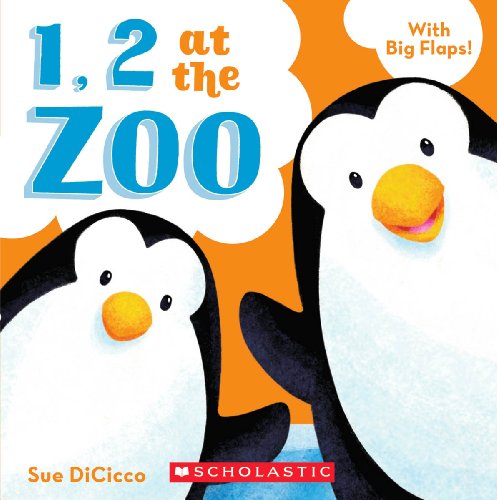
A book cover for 1, 2 at the Zoo; Sue Dicicco; Children's Books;